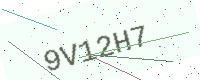
Text: 9V12H7